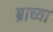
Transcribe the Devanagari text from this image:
ब्राच्या